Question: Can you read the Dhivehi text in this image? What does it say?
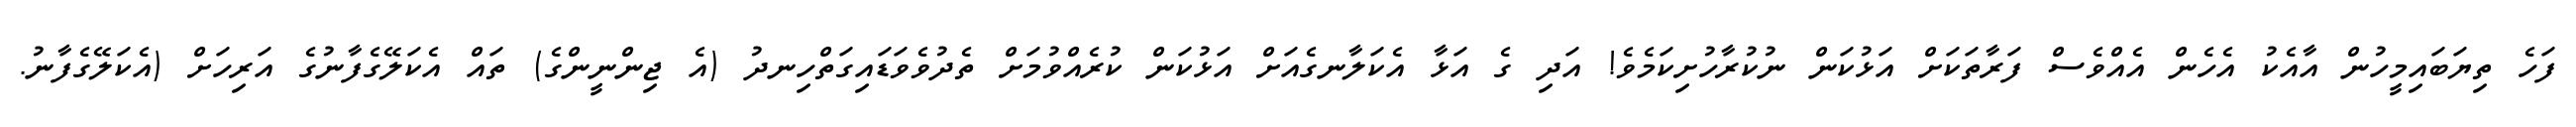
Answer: ފަހެ ތިޔަބައިމީހުން އާއެކު އެހެން އެއްވެސް ފަރާތަކަށް އަޅުކަން ނުކުރާހުށިކަމެވެ! އަދި ގެ އަޅާ އެކަލާނގެއަށް އަޅުކަން ކުރެއްވުމަށް ތެދުވެވަޑައިގަތްހިނދު (އެ ޖިންނީންގެ) ތައް އެކަލޭގެފާނުގެ އަރިހަށް (އެކަލޭގެފާނު.